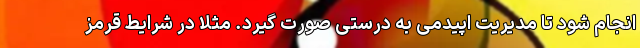
انجام شود تا مدیریت اپیدمی به درستی صورت گیرد. مثلاً در شرایط قرمز